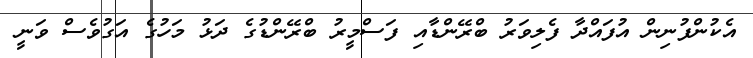
އެކުންފުނިން އުފައްދާ ފެލިވަރު ބްރޭންޑާއި ފަސްމީރު ބްރޭންޑުގެ ދަޅު މަހުގެ އަގުވެސް ވަނީ